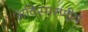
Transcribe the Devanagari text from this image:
अविस्‍मरणीय